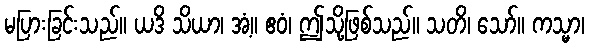
မပြားခြင်းသည်။ ယဒိ သိယာ၊ အံ့။ ဧဝံ၊ ဤသို့ဖြစ်သည်။ သတိ၊ သော်။ ကသ္မာ၊